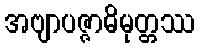
အဗျာပဇ္ဇာဓိမုတ္တဿ